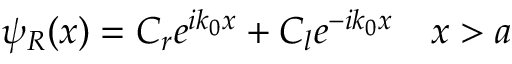
\psi _ { R } ( x ) = C _ { r } e ^ { i k _ { 0 } x } + C _ { l } e ^ { - i k _ { 0 } x } \quad x > a